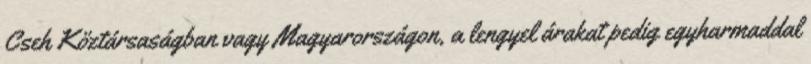
Cseh Köztársaságban vagy Magyarországon, a lengyel árakat pedig egyharmaddal